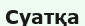
Суатқа